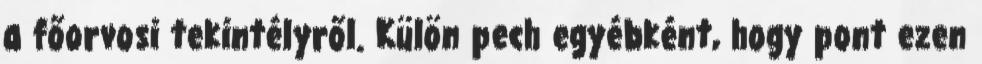
a főorvosi tekintélyről. Külön pech egyébként, hogy pont ezen